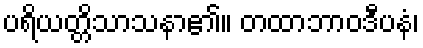
ပရိယတ္တိသာသနာ၏။ တထာဘာဝဒီပနံ၊